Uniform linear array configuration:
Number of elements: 64
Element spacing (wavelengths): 0.5
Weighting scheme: hann
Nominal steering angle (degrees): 45
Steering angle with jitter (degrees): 43.048
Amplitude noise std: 0.05
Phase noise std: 0.05

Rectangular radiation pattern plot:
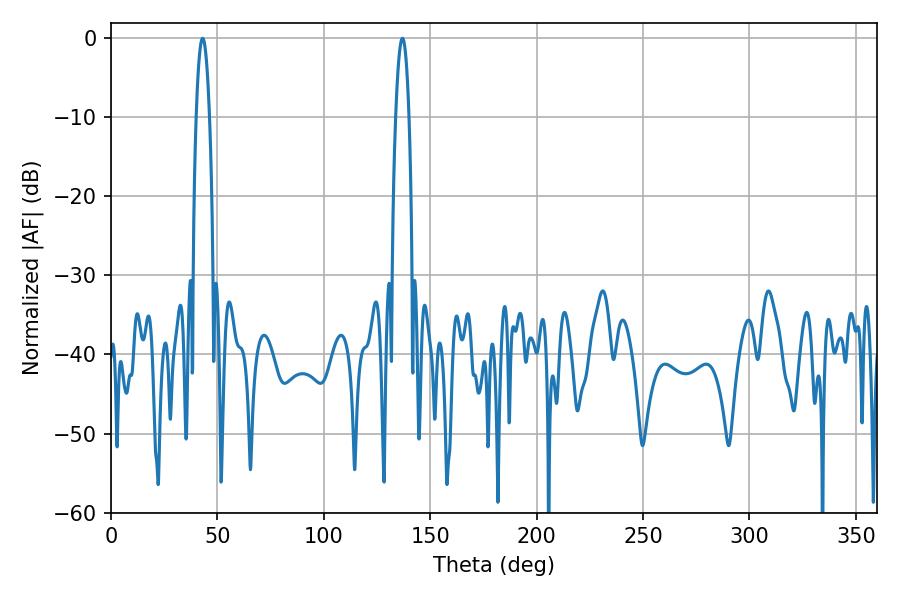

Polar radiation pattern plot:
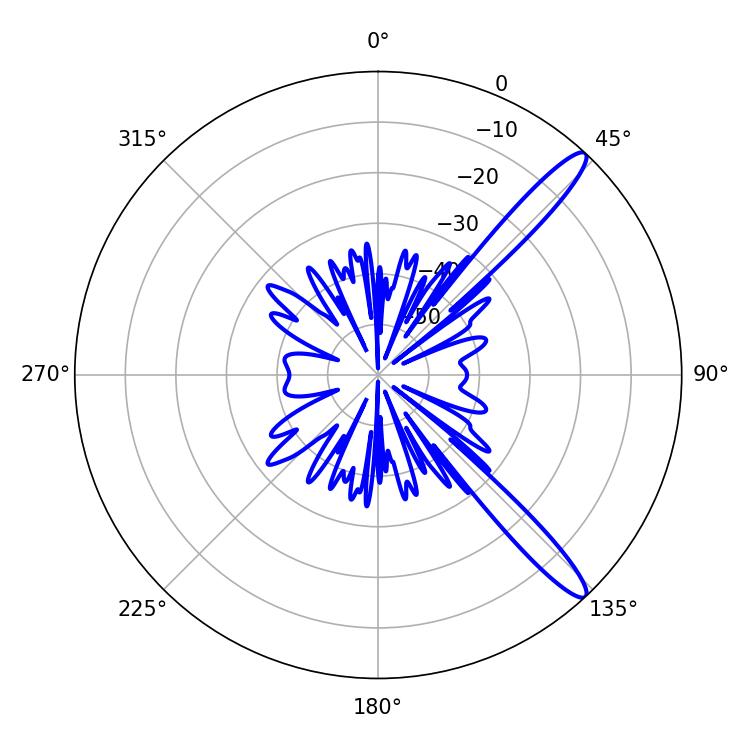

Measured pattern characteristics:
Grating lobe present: FALSE
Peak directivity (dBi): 13.498
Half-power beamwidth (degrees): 3.42
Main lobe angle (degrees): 43.02